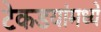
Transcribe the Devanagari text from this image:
टेकडयांमध्ये